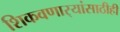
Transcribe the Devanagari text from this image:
शिकवणार्‍यांसाठीही